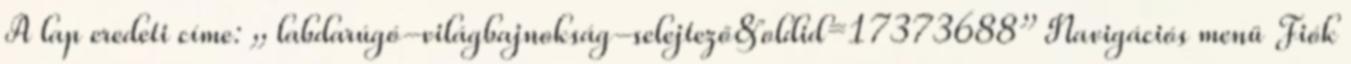
A lap eredeti címe: „ labdarúgó-világbajnokság-selejtező&oldid=17373688” Navigációs menü Fiók